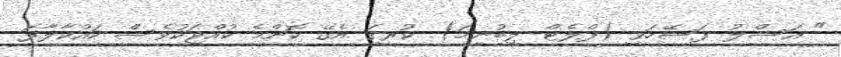
" އަސްލު ފަސޭހަވީ (ފްލެޓް ލިބުނީމަ). ކުރީގަ އެގޭ ކޮންމެ ކުއްޖަކުވެސް ކައްކާލާފަ